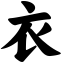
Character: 衣